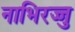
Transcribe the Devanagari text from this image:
नाभिरज्जु